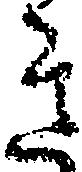
き